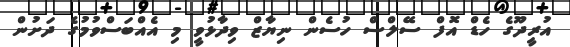
އުރީދޫގެ ހެޑް އޮފް ސޭލްސް ހުސެން ނިޔާޒް ވިދާޅުވީ މި އެއްބަސްވުމުގެ ދަށުން